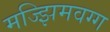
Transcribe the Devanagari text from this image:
मज्झिमवग्ग